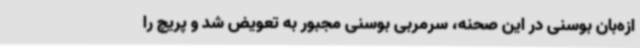
ازه‌بان بوسنی در این صحنه، سرمربی بوسنی مجبور به تعویض شد و پریچ را